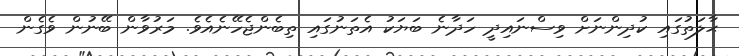
ޙާލަތުގައި ކުދިންނަށް ވިސްނައިދީ ހަދާނެ ބަޔަކު އެތަނުގައި ތިބެންޖެހޭނެއެވެ. މަރުވާން ބޭނުން ވެގެން